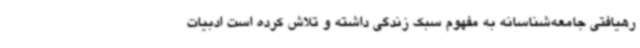
رهیافتی جامعه‌شناسانه به مفهوم سبک زندگی داشته و تلاش کرده است ادبیات